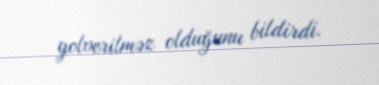
yolverilməz olduğunu bildirdi.